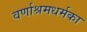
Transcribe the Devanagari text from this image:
वर्णाश्रमधर्मका